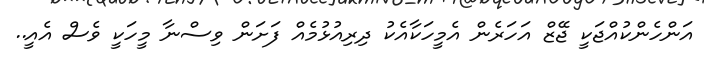
އަންހެންކުއްޖަކީ ޖޭޒް އަހަރެން އެމީހަކާއެކު ދިރިއުޅުމެއް ފަށަން ވިސްނާ މީހަކީ ވެސް އެއީ..